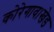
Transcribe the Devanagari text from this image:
कोरेगाव।खेड